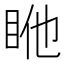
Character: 𥅂